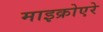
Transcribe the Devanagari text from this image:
माइक्रोएरे